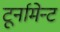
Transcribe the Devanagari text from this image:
टूर्नामेन्‍ट